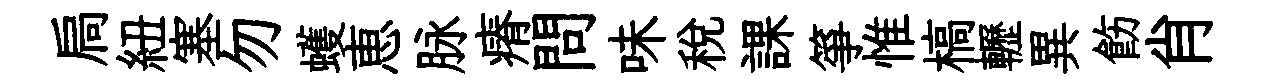
扃紐塞勿蠖恵脉瘠問味税課箏惟槁轣異飭肖